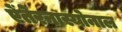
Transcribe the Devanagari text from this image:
ऐंतेरनास्योनाल